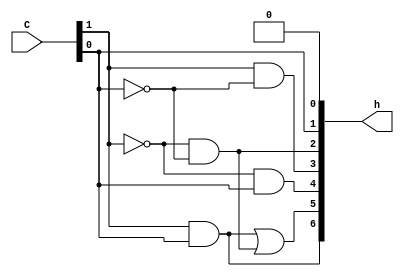
module decoder_7_seg(input [1:0] C,
							output [0:6] h);
							
		assign h[0] = C[1] & C[0];
		assign h[1] = C[1] & C[0] | (~C[1]) & (~C[0]);
		assign h[2] = (~C[1]) & C[0];
		assign h[3] = C[1] & (~C[0]);
		assign h[4] = (~C[1]) & (~C[0]);
		assign h[5] = C[0];
		assign h[6] = 1'b0;	
		
endmodule